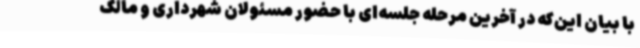
با بیان این‌که در آخرین مرحله جلسه‌ای با حضور مسئولان شهرداری و مالک